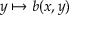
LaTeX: y \mapsto b ( x , y )